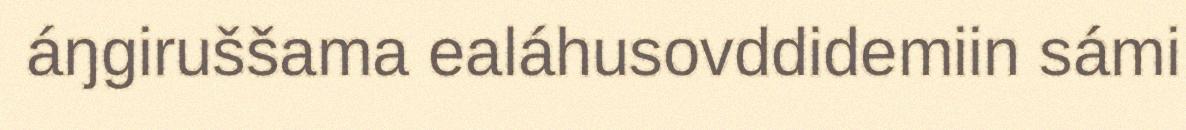
áŋgiruššama ealáhusovddidemiin sámi